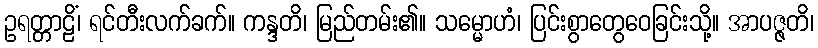
ဥရတ္တာဠိံ၊ ရင်တီးလက်ခက်။ ကန္ဒတိ၊ မြည်တမ်း၏။ သမ္မောဟံ၊ ပြင်းစွာတွေဝေခြင်းသို့။ အာပဇ္ဇတိ၊